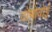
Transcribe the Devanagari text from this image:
दोमोवोई